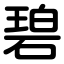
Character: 碧